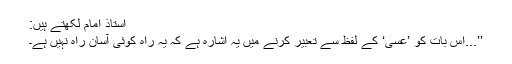
استاذ امام لکھتے ہیں:
’’...اِس بات کو ’عَسٰی‘ کے لفظ سے تعبیر کرنے میں یہ اشارہ ہے کہ یہ راہ کوئی آسان راہ نہیں ہے۔